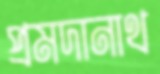
প্রমদানাথ